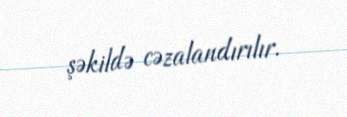
şəkildə cəzalandırılır.